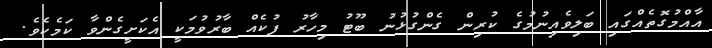
އާއްމުގޮތެއްގައި ބަލިވެއިނުމުގެ ކުރިން ގެންގުޅުނު ބޫޓު މިހާރު ފުކެއް ބާރުވުމަކީ އެކަށީގެންވާ ކަމެކެވެ.